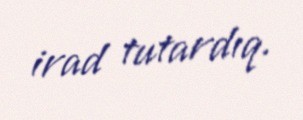
irad tutardıq.